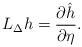
LaTeX: \begin{align*} L_{\Delta}h=\frac{\partial \hat{h}}{\partial \eta}.\end{align*}